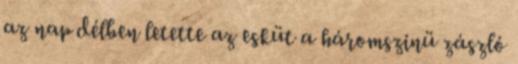
az nap délben letette az esküt a háromszinü zászló